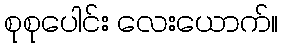
စုစုပေါင်း လေးယောက်။